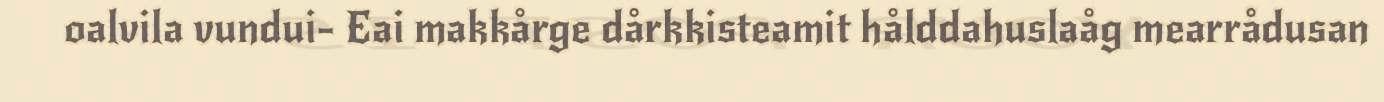
oalvila vundui- Eai makkårge dårkkisteamit hålddahuslaåg mearrådusan